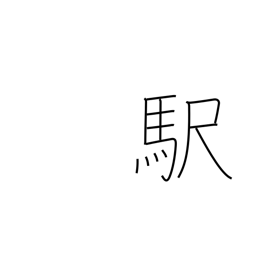
Meaning: station